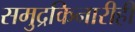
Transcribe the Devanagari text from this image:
समुद्रकिनारीही